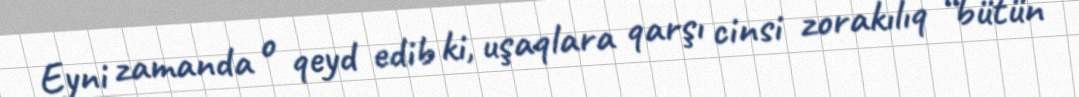
Eyni zamanda o qeyd edib ki, uşaqlara qarşı cinsi zorakılıq “bütün